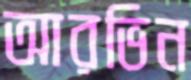
আরভিন